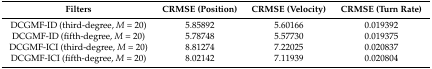
<table><thead><tr><td><b>Filters</b></td><td><b>CRMSE (Position)</b></td><td><b>CRMSE (Velocity)</b></td><td><b>CRMSE (Turn Rate)</b></td></tr></thead><tbody><tr><td>DCGMF-ID (third-degree, <i>M</i> = 20)</td><td>5.85892</td><td>5.60166</td><td>0.019392</td></tr><tr><td>DCGMF-ID (fifth-degree, <i>M</i> = 20)</td><td>5.78748</td><td>5.57730</td><td>0.019375</td></tr><tr><td>DCGMF-ICI (third-degree, <i>M</i> = 20)</td><td>8.81274</td><td>7.22025</td><td>0.020837</td></tr><tr><td>DCGMF-ICI (fifth-degree, <i>M</i> = 20)</td><td>8.02142</td><td>7.11939</td><td>0.020804</td></tr></tbody></table>